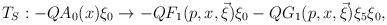
LaTeX: \begin{align*}T_{S}:-QA_{0}(x)\xi _{0}\rightarrow -QF_{1}(p,x,\vec{\xi})\xi_{0}-QG_{1}(p,x,\vec{\xi})\xi _{5}\xi _{0}, \end{align*}